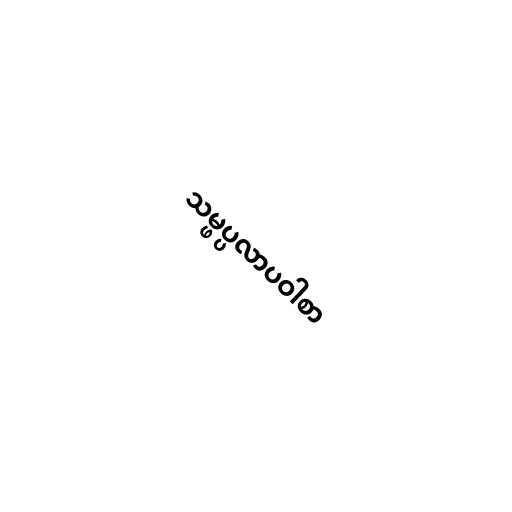
သမ္ဖပ္ပလာပဝါစာ